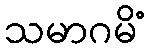
သမာဂမိံ